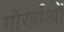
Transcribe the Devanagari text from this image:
गोर्खाओं